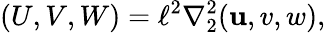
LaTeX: (U,V,W)=\ell^{2}\nabla_{2}^{2}(\mathbf{u},v,w),